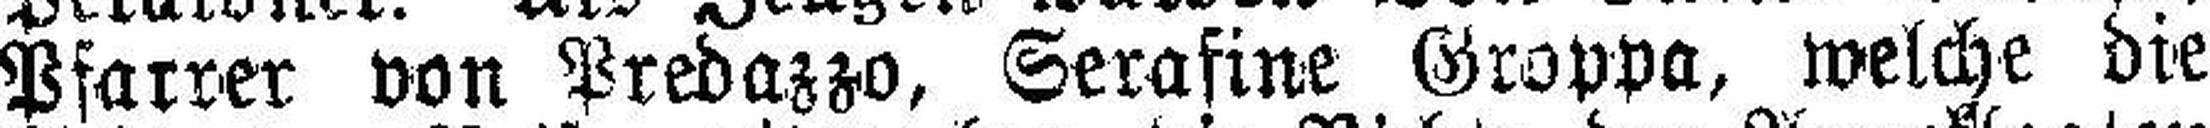
Pfarrer von Predazzo, Serafine Groppa, welche die